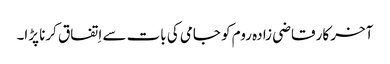
آخر کار قاضی زادہ روم کو جامی کی بات سے اِتفاق کرنا پڑا۔